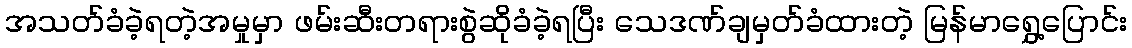
အသတ်ခံခဲ့ရတဲ့အမှုမှာ ဖမ်းဆီးတရားစွဲဆိုခံခဲ့ရပြီး သေဒဏ်ချမှတ်ခံထားတဲ့ မြန်မာရွှေ့ပြောင်း